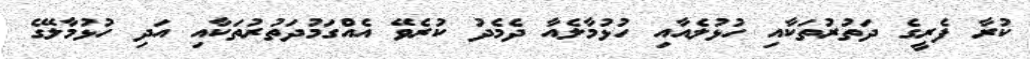
ކުރާ ފެރީގެ ދަތުރުތަކާއި ހުޅުލެއާއި ހުޅުމާލެއާ ދެމެދު ކުރެވޭ އެއްގަމުދަތުރުތަކާއި އަދި ހުޅުމާލޭގެ